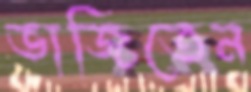
ভাজিতেন